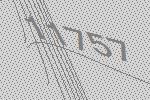
11757